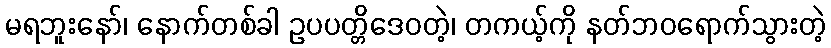
မရဘူးနော်၊ နောက်တစ်ခါ ဥပပတ္တိဒေဝတဲ့၊ တကယ့်ကို နတ်ဘဝရောက်သွားတဲ့